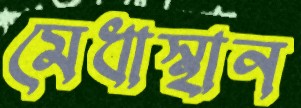
মেধাস্থান